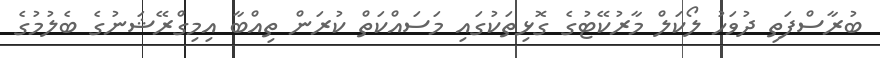
ބުރާސްފަތި ދުވަހު ލޯކަލް މާރުކޭޓުގެ ގޮޅިތަކުގައި މަސައްކަތް ކުރަން ތިއްބާ އިމިގްރޭޝަނުގެ ބެލުމުގެ